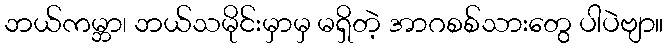
ဘယ်ကမ္ဘာ၊ ဘယ်သမိုင်းမှာမှ မရှိတဲ့ အာဂစစ်သားတွေ ပါပဲဗျာ။